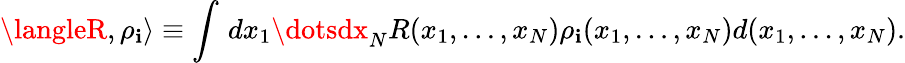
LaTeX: \langleR,\rho_{\mathbf{i}}\rangle\equiv\int\, dx_{1}\dotsdx_{N}R(x_{1},\ldots,x_{N})\rho_{\mathbf{i}}(x_{1},\ldots,x_{N})d(x_{1},\ldots,x_{N}).